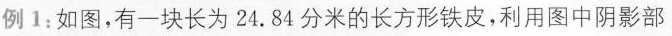
例1：如图，有一块长为24.84分米的长方形铁皮，利用图中阴影部